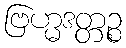
ဗြဟ္မဒတ္တဉ္စ